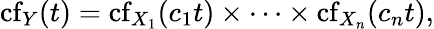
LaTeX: \operatorname{cf}_{Y}(t)=\operatorname{cf}_{X_{1}}(c_{1}t)\times\cdots\times\operatorname{cf}_{X_{n}}(c_{n}t),